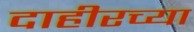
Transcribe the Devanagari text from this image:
दाहीरच्या